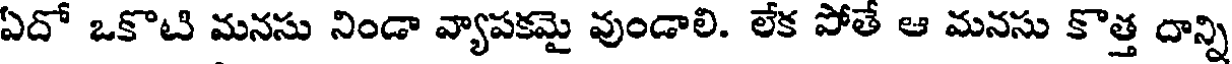
ఏదో ఒకొటి మనసు నిండా వ్యాపకమై వుండాలి. లేక పోతే ఆ మనసు కొత్త దాన్ని